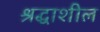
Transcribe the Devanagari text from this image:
श्रद्धाशील